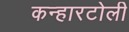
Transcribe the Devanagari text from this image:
कन्हारटोली